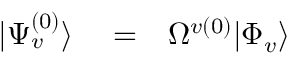
\begin{array} { r l r } { | \Psi _ { v } ^ { ( 0 ) } \rangle } & { { } = } & { \Omega ^ { v ( 0 ) } | \Phi _ { v } \rangle } \end{array}